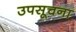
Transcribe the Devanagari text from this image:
उपसूचना